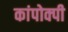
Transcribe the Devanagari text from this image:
कांपोक्पी